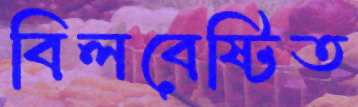
বিলবেষ্টিত